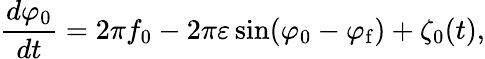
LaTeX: \frac{d\varphi_{0}}{dt}=2\pi f_{\mathrm{0}}-2\pi\varepsilon\sin(\varphi_{\mathrm{0}}-\varphi_{\mathrm{f}})+\zeta_{0}(t),